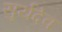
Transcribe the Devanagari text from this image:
सुर्यदेव